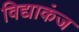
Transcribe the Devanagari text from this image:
विद्याकंज